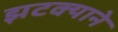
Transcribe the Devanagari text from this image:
झटक्‍याने